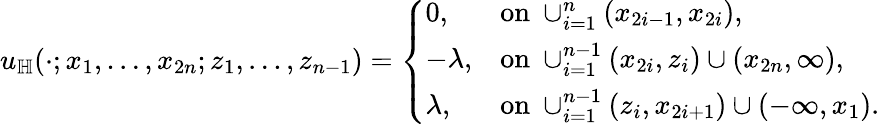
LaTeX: \begin{array}{r}{u_{\mathbb{H}}(\cdot;x_{1},\ldots,x_{2n};z_{1},\ldots,z_{n-1})=\left\{ \begin{array}{ll}{0,}&{\mathrm{on~}\cup_{i=1}^{n}(x_{2i-1},x_{2i}),}\\ {-\lambda,}&{\mathrm{on~}\cup_{i=1}^{n-1}(x_{2i},z_{i})\cup(x_{2n},\infty),}\\ {\lambda,}&{\mathrm{on~}\cup_{i=1}^{n-1}(z_{i},x_{2i+1})\cup(-\infty,x_{1}).}\end{array}\right.}\end{array}